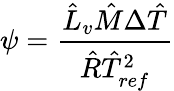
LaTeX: \psi=\frac{\hat{L}_{v}\hat{M}\Delta\hat{T}}{\hat{R}\hat{T}_{ref}^{2}}